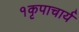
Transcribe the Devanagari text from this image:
१कृपाचार्य